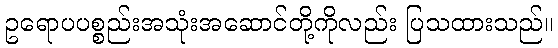
ဥရောပပစ္စည်းအသုံးအဆောင်တို့ကိုလည်း ပြသထားသည်။